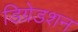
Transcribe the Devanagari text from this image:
डिग्रेडशन